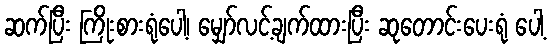
ဆက်ပြီး ကြိုးစားရုံပေါ့၊ မျှော်လင့်ချက်ထားပြီး ဆုတောင်းပေးရုံ ပေါ့